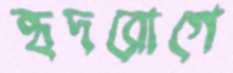
হৃদরোগে